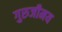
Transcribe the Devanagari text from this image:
गुरुजीमय